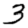
Digit: 3